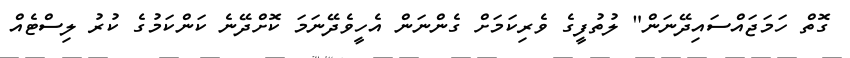
ގޮތް ހަމަޖައްސައިދޭނަން" ލުތުފީގެ ވެރިކަމަށް ގެންނަން އެހީވެދޭނަމަ ކޮށްދޭނެ ކަންކަމުގެ ކުރު ލިސްޓެއް